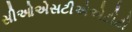
સીઓએસટીએએટીટી